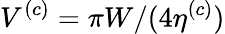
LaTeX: V^{(c)}=\pi W/(4\eta^{(c)})